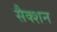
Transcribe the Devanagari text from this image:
सैक्शन